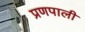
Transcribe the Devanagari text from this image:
प्रणपाली